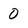
Character: 0